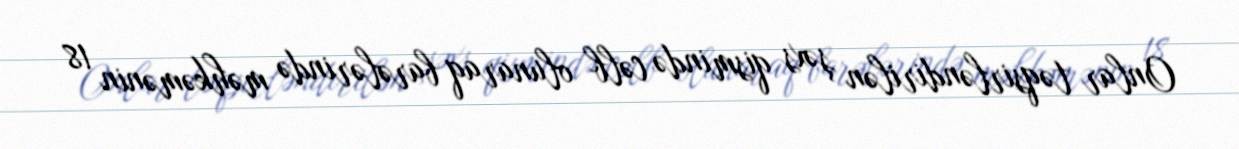
Onlar təqsirləndirilən şəxs qismində cəlb olunaraq barələrində məhkəmənin 18